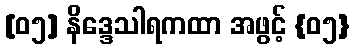
[၀၅] နိဒ္ဒေသါရကထာ အဖွင့် {၀၅}